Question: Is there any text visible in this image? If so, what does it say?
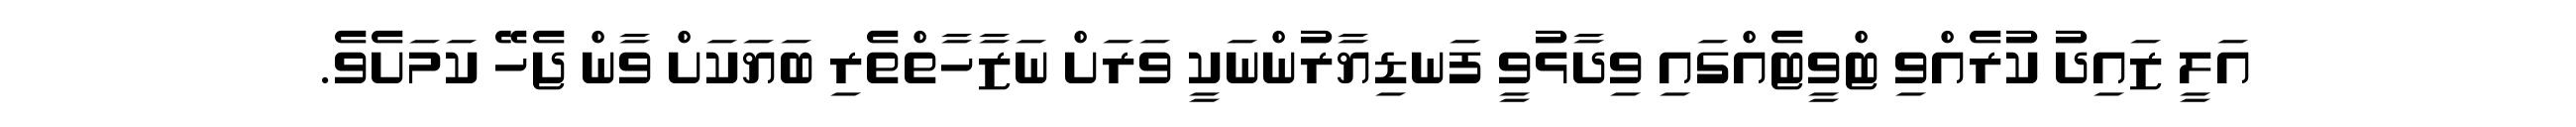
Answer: އަލީ ޒައިދު ކުރެއްވި ޓްވީޓެއްގައި ވިދާޅުވީ ފަނޑިޔާރުންނަކީ ވަރަށް ނަޒާހާތްތެރި ބަޔަކަށް ވާން ޖެހޭ ކަމަށެވެ.